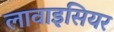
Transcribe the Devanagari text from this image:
लावाइसियर